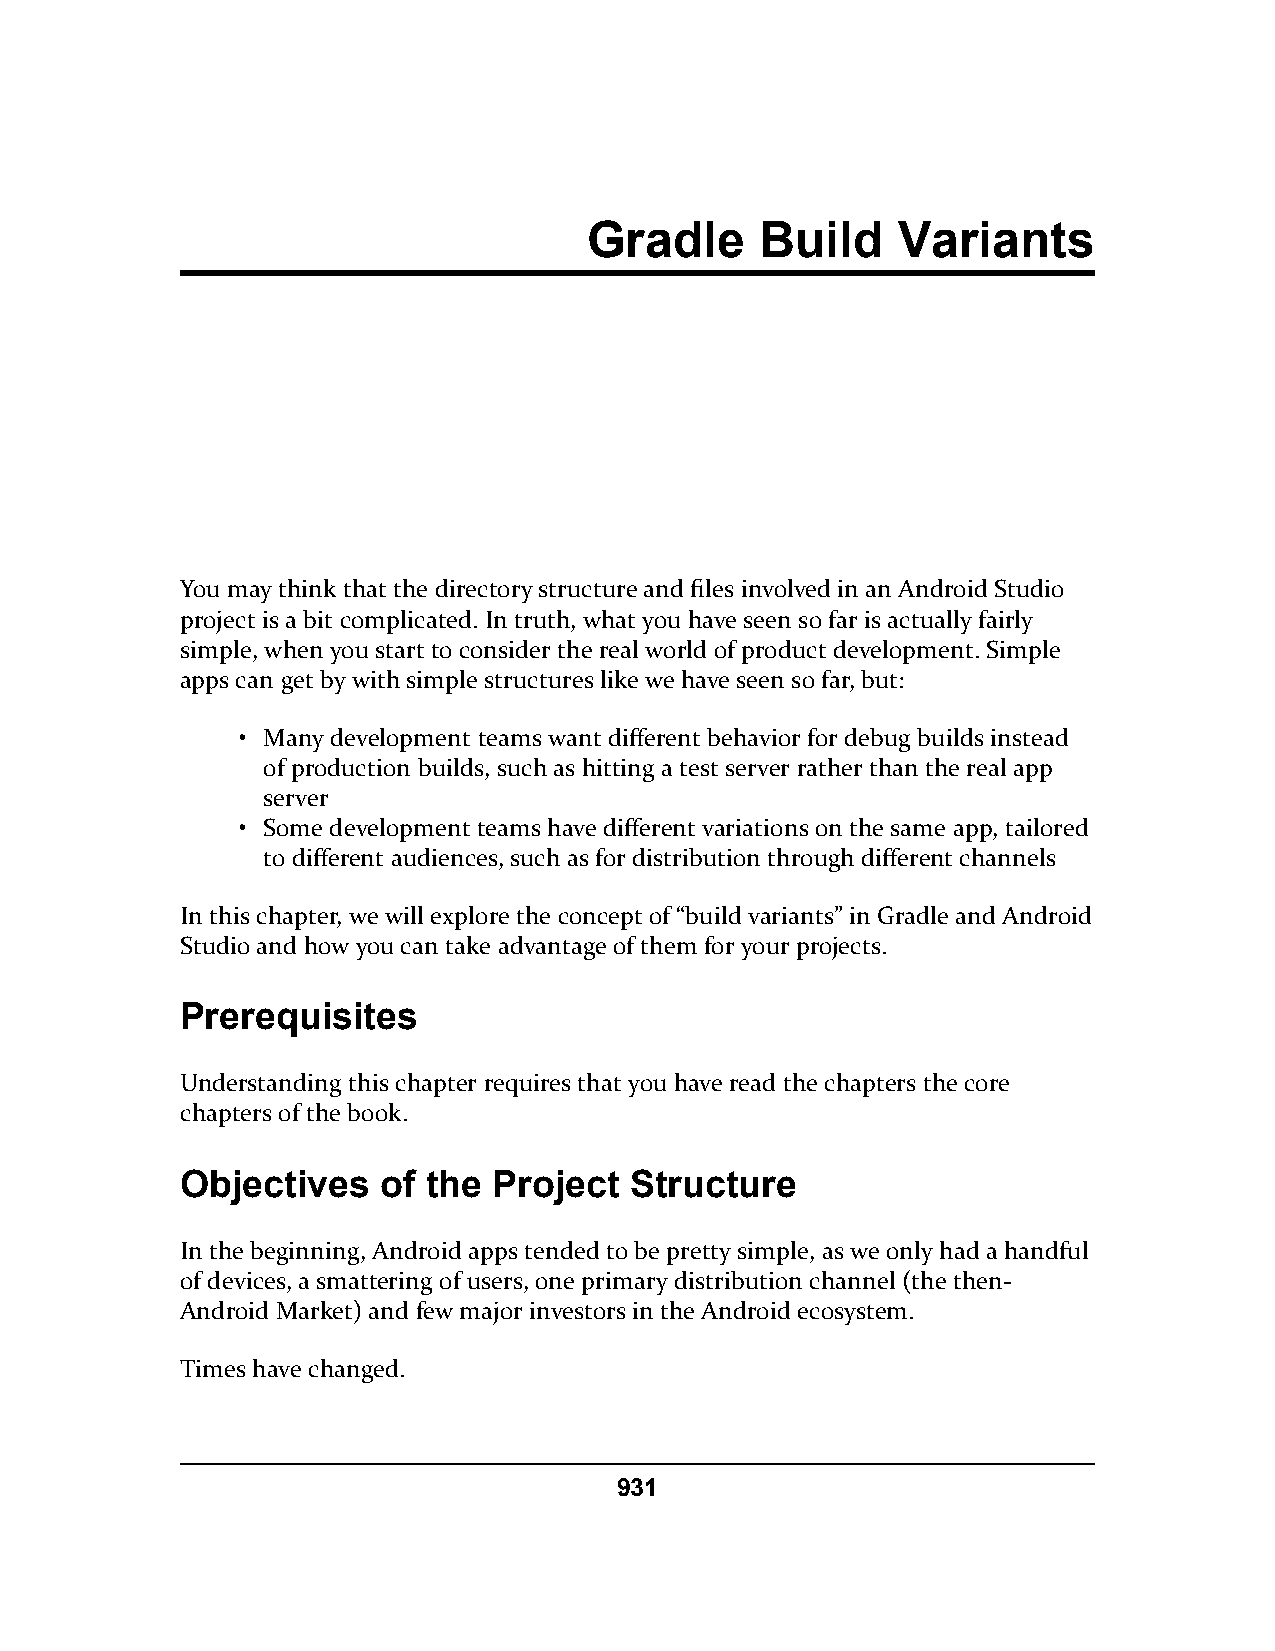
Gradle     Build    Variants
 You may think that the directory structure and files involved in an Android Studio
 project is a bit complicated. In truth, what you have seen so far is actually fairly
 simple, when you start to consider the real world of product development. Simple
 apps can get by with simple structures like we have seen so far, but:
 • Many development teams want different behavior for debug builds instead
 of production builds, such as hitting a test server rather than the real app
 server
 • Some development teams have different variations on the same app, tailored
 to different audiences, such as for distribution through different channels
 In this chapter, we will explore the concept of “build variants” in Gradle and Android
 Studio and how you can take advantage of them for your projects.
 Prerequisites
 Understanding this chapter requires that you have read the chapters the core
 chapters of the book.
 Objectives   of the  Project  Structure
 In the beginning, Android apps tended to be pretty simple, as we only had a handful
 of devices, a smattering of users, one primary distribution channel (the then-
 Android Market) and few major investors in the Android ecosystem.
 Times have changed.
 931